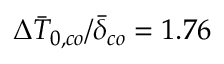
\Delta \bar { T } _ { 0 , c o } / \bar { \delta } _ { c o } = 1 . 7 6